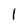
Character: l